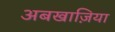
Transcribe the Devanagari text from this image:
अबखाज़िया